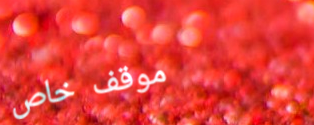
موقف خاص